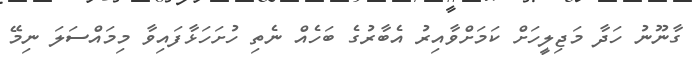
ގާނޫނު ހަދާ މަޖިލީހަށް ކަމަށްވާއިރު އެބާރުގެ ބަހެއް ނެތި ހުށަަހަޅާފައިވާ މިމައްސަލަ ނިމޭ